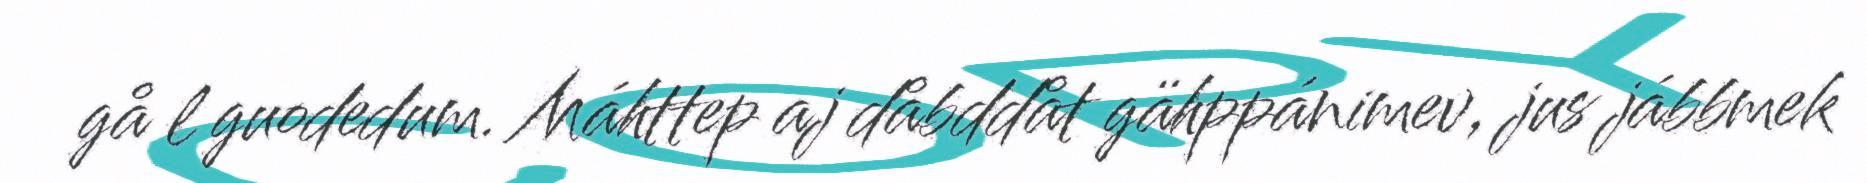
gå l guodedum. Máhttep aj dåbddåt gähppánimev, jus jábbmek